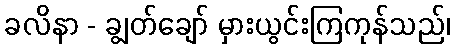
ခလိနာ - ချွတ်ချော် မှားယွင်းကြကုန်သည်၊